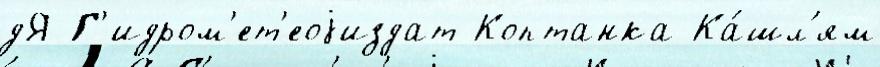
дЯ Г'идром'ет'еоjиздат Коптанка Ка́шл'ям